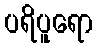
ပရိပူရော